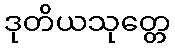
ဒုတိယသုတ္တေ